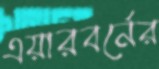
এয়ারবর্নের